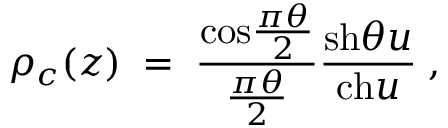
\rho _ { c } ( z ) \; = \; { \frac { \mathrm { c o s } { \frac { \pi \theta } { 2 } } } { \frac { \pi \theta } { 2 } } } { \frac { \mathrm { s h } \theta u } { \mathrm { c h } u } } \; ,